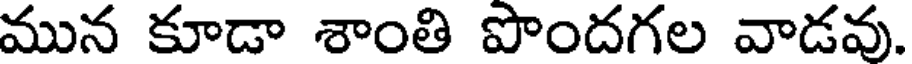
మున కూడా శాంతి పొందగల వాడవు.